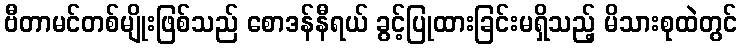
ဗီတာမင်တစ်မျိုးဖြစ်သည် စောဒန်နီရယ် ခွင့်ပြုထားခြင်းမရှိသည့် မိသားစုထဲတွင်